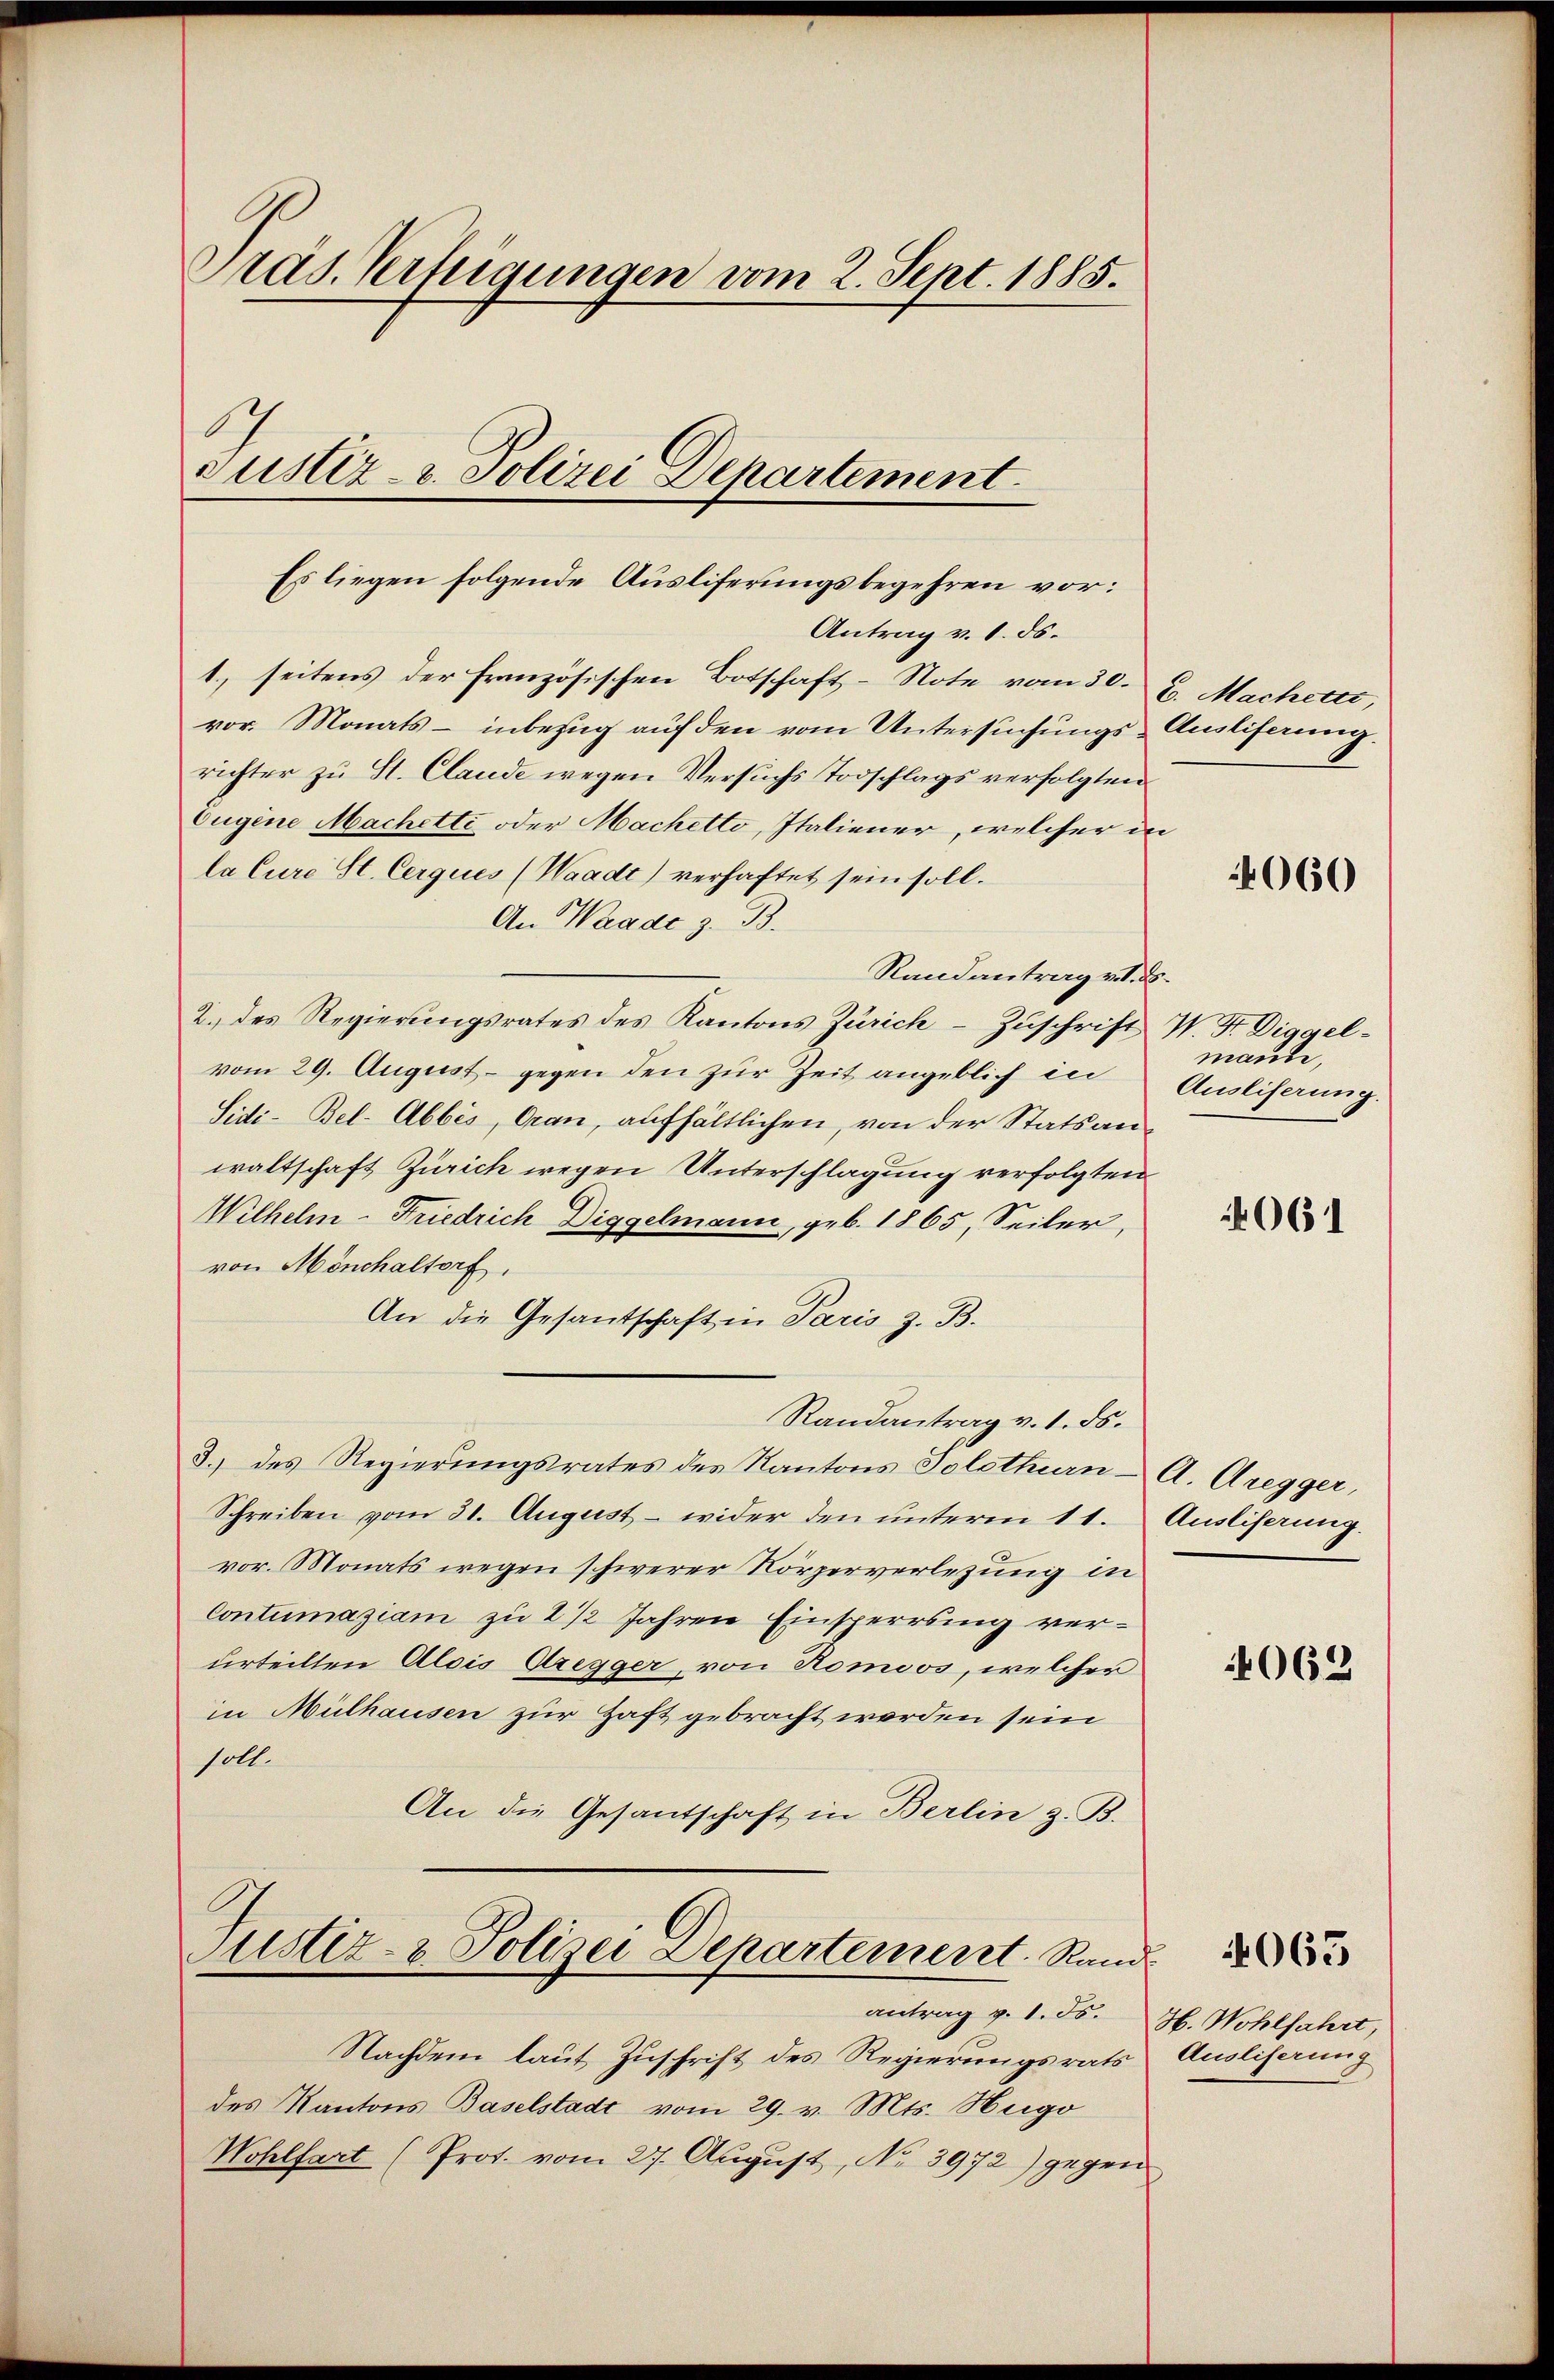
Präs. Verfügungen vom 2. Sept. 1885.

Antrag v. 1. ds.
1., seitens der Französischen Botschaft-Note vom 30. 6. Machettt,
vor. Monats - inbezug auf den vom Untersuchungs-Amliferung.
richter zu St. Claude wegen Versuchs Todschlags verfolgten
Eugene Machetti oder Machetto, Italiener, welcher in
la Cure St. Cerques (Waadt) verhaftet sein soll.
An Waade z. B.
Randantrag v. 8.
2. des Regierungsrates des Kantons Zürich - Zuschrift W. Fr. Diggelvom 29. August - gegen den zŭr Zeit angeblich in Auslieferung.
Sidi-Bel-Abbes, Oran, aufhältlichen, von der Stats anwaltschaft Zürich wegen Unterschlagung verfolgten
Wilhelm-Friedrich Diggelmann, geb. 1865, Seiler,
von Mönchaltorf,
An die Gesantschaft in Paris z. B.
Randantrag v. 1. ds.
3.) des Regierungsrates des Kantons Solothurn - A. Gregger,
Schreiben vom 31. August – wider den unterm 11. Ausliserung.
vor. Monats wegen schwerer Körperverlegung in
Contumaziam zu 2 1/2 Jahren Einsperrung verurteilten Alois Aregger, von Homoos, welcher
in Mülhausen zur Haft gebracht werden sein
soll.
An die Gesantschaft in Berlin z. B.

Justiz- u. Polizei Departement.

Es liegen folgende Ausliferungsbegehren vor:

Justiz- & Polizei Departement. Rand

Nachdem laut Zuschrift des Regierungsrats
des Kantons Baselstadt vom 29. v. Mts. Hugo
Wohlfart (Prot. vom 27. August, No 3972) gegen

antrag v. 1. Fs. H. Wohlfahrt,

060

maube,

4061

062

4065

Ausliferung